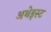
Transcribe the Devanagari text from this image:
अथेइस्ट